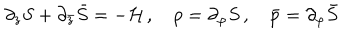
\partial _ { z } S + \partial _ { \bar { z } } \bar { S } = - { \cal H } \, , \quad p = \partial _ { \varphi } S \, , \quad \bar { p } = \partial _ { \varphi } \bar { S }